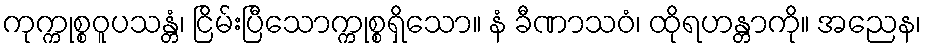
ကုက္ကုစ္စဝူပသန္တံ၊ ငြိမ်းပြီသောက္ကုစ္စရှိသော။ နံ ခီဏာသဝံ၊ ထိုရဟန္တာကို။ အညေန၊